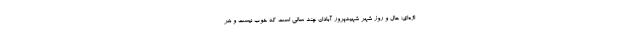
اژه‌ای؛ حال و روز شهر شهیدپرور آبادان چند سالی است که خوب نیست و هر